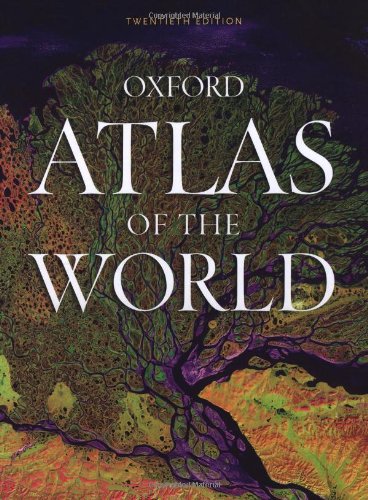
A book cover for Atlas of the World; Oxford University Press; Reference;